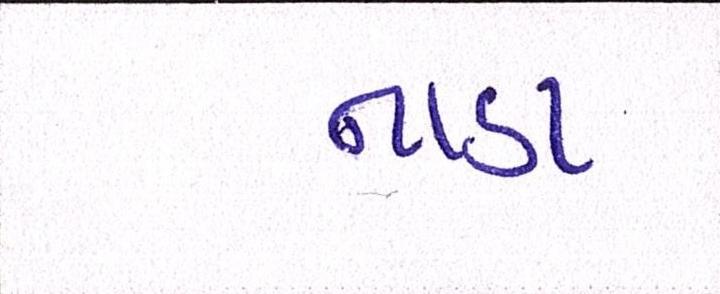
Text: નાડા